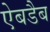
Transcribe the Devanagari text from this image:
ऐबडैब